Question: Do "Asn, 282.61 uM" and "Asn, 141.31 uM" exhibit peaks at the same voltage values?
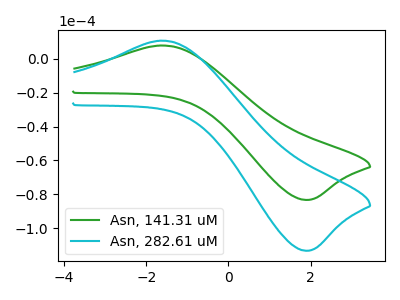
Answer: <think>The green curve "Asn, 141.31 uM" has an anodic peak at (-1.65V, 7.90uA) and a cathodic peak at (1.85V, -83.35uA). The cyan curve "Asn, 282.61 uM" has an anodic peak at (-1.65V, 10.75uA) and a cathodic peak at (1.85V, -113.35uA).</think>
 <answer>Yes, "Asn, 282.61 uM" have a peak in "Asn, 141.31 uM" at the same potential.</answer>
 <eval>match</eval>